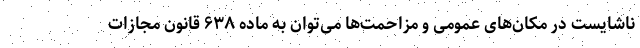
ناشایست در مکان‌های عمومی و مزاحمت‌ها می‌توان به ماده ۶۳۸ قانون مجازات